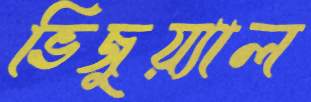
ভিজুয়্যাল